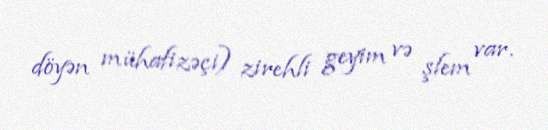
döyən mühafizəçi) zirehli geyim və şlem var.